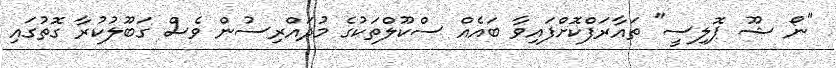
"ނޯ ޝޫ ޕޮލިސީ" ތައާރަފްކޮށްފައިވާ ބައެއް ސްކޫލްތަކުގެ މުދައްރިސުން ވެސް ގަބޫލުކުރާ ގޮތުގައި